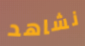
نشاهد